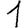
Digit: 1